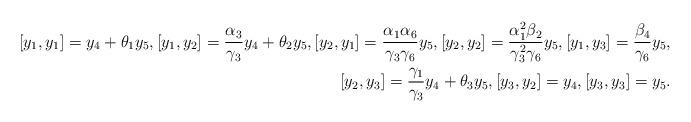
LaTeX: \begin{align*}[y_1, y_1]=y_4+\theta_1y_5, [y_1, y_2]=\frac{\alpha_3}{\gamma_3}y_4+\theta_2y_5, [y_2, y_1]=\frac{\alpha_1\alpha_6}{\gamma_3\gamma_6}y_5, [y_2, y_2]=\frac{\alpha^2_1\beta_2}{\gamma^2_3\gamma_6}y_5, [y_1, y_3]=\frac{\beta_4}{\gamma_6}y_5,\\ [y_2, y_3]=\frac{\gamma_1}{\gamma_3}y_4+\theta_3y_5, [y_3, y_2]=y_4, [y_3, y_3]=y_5.\end{align*}